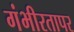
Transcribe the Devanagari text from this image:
गंभीरतापर